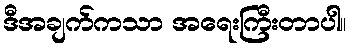
ဒီအချက်ကသာ အရေးကြီးတာပါ။